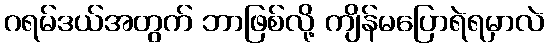
ဂရမ်ဒယ်အတွက် ဘာဖြစ်လို့ ကျိန်မပြောရဲရမှာလဲ